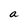
Character: a